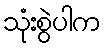
သုံးစွဲပါက